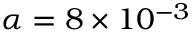
\alpha = 8 \times 1 0 ^ { - 3 }